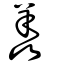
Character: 羴